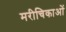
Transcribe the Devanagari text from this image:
मरीचिकाओं